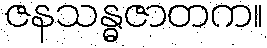
ဇနသန္ဓဇာတက။